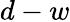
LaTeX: d-w